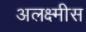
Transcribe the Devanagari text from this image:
अलक्ष्मीस